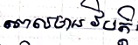
ពេលមានវិបត្តិ